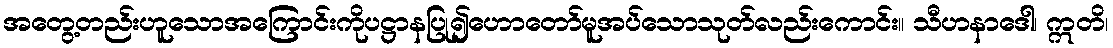
အတွေ့တည်းဟူသောအကြောင်းကိုပဋ္ဌာနပြု၍ဟောတော်မူအပ်သောသုတ်လည်းကောင်း။ သီဟနာဒေါ၊ ဣတိ၊